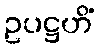
ဥပဋ္ဌဟိံ